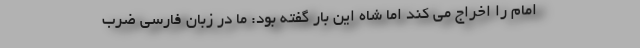
امام را اخراج می کند اما شاه این بار گفته بود: ما در زبان فارسی ضرب